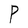
Character: P